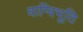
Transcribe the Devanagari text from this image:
वाग्विभूति